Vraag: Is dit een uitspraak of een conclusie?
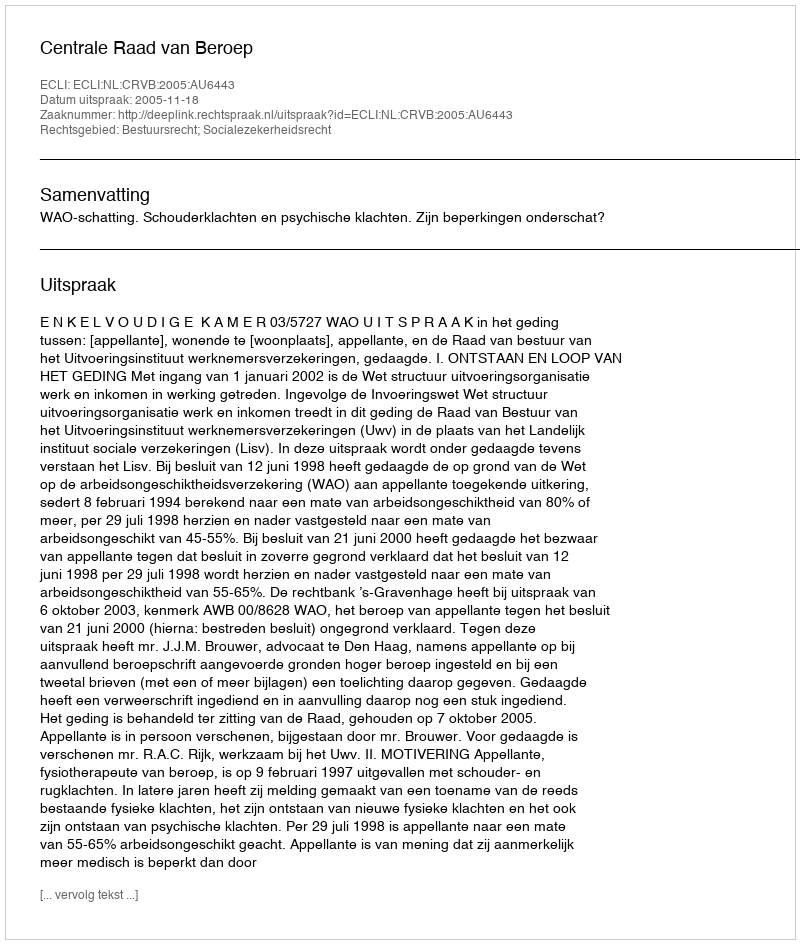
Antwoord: Uitspraak